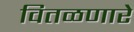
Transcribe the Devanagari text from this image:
वितळणारे